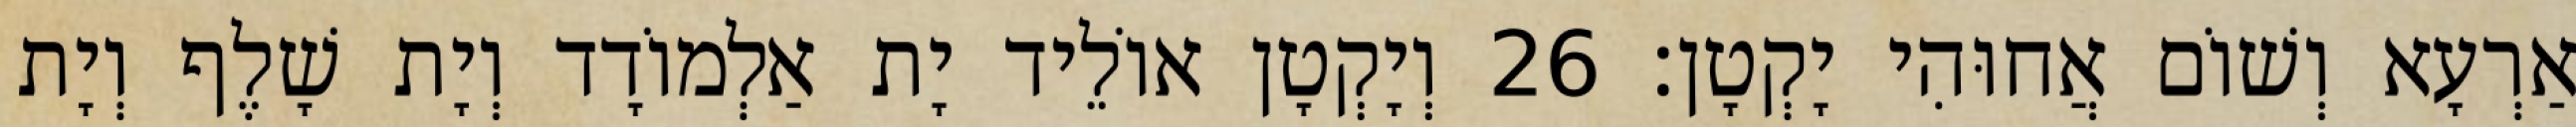
אַרְעָא וְשׁוֹם אֲחוּהִי יָקְטָן׃ 26 וְיָקְטָן אוֹלֵיד יָת אַלְמוֹדָד וְיָת שָׁלֶף וְיָת